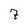
Character: 7